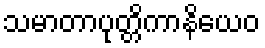
သမာတာပုတ္တိကာနိယေဝ